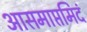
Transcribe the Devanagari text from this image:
आसमाप्तमिदं